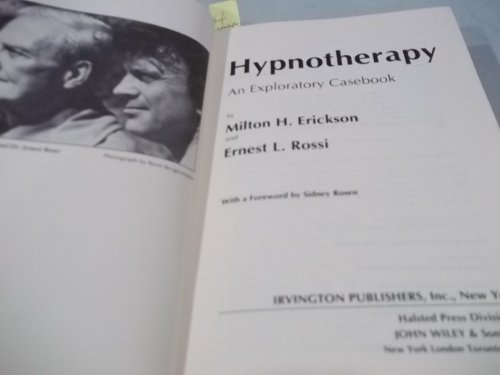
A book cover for Hypnotherapy: An Exploratory Casebook; Milton H. Erickson; Health, Fitness & Dieting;